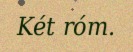
Két róm.